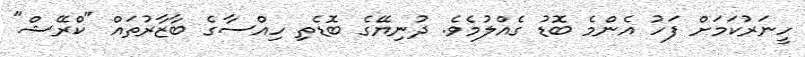
ހީނަރުކަމަށް ފަހު އެންމެ ބޮޑު ގެއްލުމެވެ. ދުނިޔޭގެ ބޮޑެތި ހިއްސާގެ ބާޒާރުތައް "ކްރޭޝް"